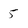
Character: 5